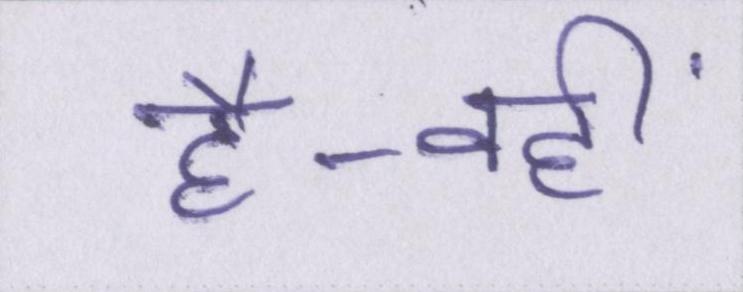
है-वहीं